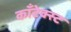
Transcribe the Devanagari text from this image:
कॉंटेक्स्ट